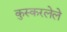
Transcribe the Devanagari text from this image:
कुस्करलेले